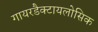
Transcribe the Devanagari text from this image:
गायरडैक्टायलोसिक